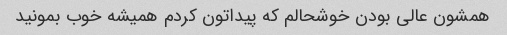
همشون عالی بودن خوشحالم که پیداتون کردم همیشه خوب بمونید